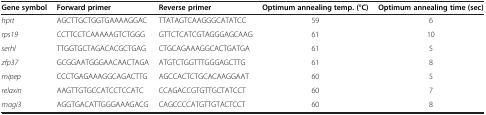
<table><thead><tr><td><b>Gene symbol</b></td><td><b>Forward primer</b></td><td><b>Reverse primer</b></td><td><b>Optimum annealing temp. (°C)</b></td><td><b>Optimum annealing time (sec)</b></td></tr></thead><tbody><tr><td><i>hprt</i></td><td>AGCTTGCTGGTGAAAAGGAC</td><td>TTATAGTCAAGGGCATATCC</td><td>59</td><td>6</td></tr><tr><td><i>rps19</i></td><td>CCTTCCTCAAAAAGTCTGGG</td><td>GTTCTCATCGTAGGGAGCAAG</td><td>61</td><td>10</td></tr><tr><td><i>serhl</i></td><td>TTGGTGCTAGACACGCTGAG</td><td>CTGCAGAAAGGCACTGATGA</td><td>61</td><td>5</td></tr><tr><td><i>zfp37</i></td><td>GCGGAATGGGAACAACTAGA</td><td>ATGTCTGGTTTGGGAGCTTG</td><td>61</td><td>8</td></tr><tr><td><i>mipep</i></td><td>CCCTGAGAAAGGCAGACTTG</td><td>AGCCACTCTGCACAAGGAAT</td><td>60</td><td>5</td></tr><tr><td><i>relaxin</i></td><td>AAGTTGTGCCATCCTCCATC</td><td>CCAGACCGTGTTGCTATCCT</td><td>60</td><td>7</td></tr><tr><td><i>magi3</i></td><td>AGGTGACATTGGGAAAGACG</td><td>CAGCCCCATGTTGTACTCCT</td><td>60</td><td>8</td></tr></tbody></table>